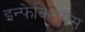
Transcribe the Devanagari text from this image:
इन्फेक्शियस